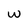
Character: w